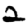
Digit: 2